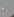
أي